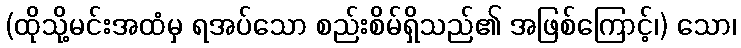
(ထိုသို့မင်းအထံမှ ရအပ်သော စည်းစိမ်ရှိသည်၏ အဖြစ်ကြောင့်၊) သော၊